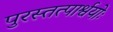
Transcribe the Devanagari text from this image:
पुरस्तत्पार्श्वयोः